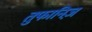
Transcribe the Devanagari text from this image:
तुफानिज़